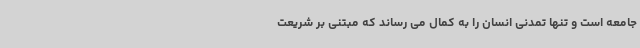
جامعه است و تنها تمدنی انسان را به کمال می رساند که مبتنی بر شریعت